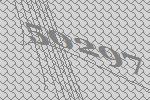
50297